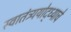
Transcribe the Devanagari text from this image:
स्वातंत्र्ययोद्‌ध्याचे